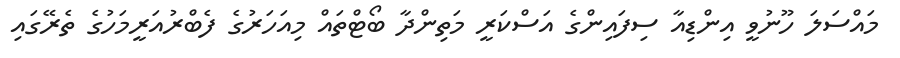
މައްސަލަ ހޫނުވީ އިންޑިއާ ސިފައިންގެ އަސްކަރީ މަތިންދާ ބޯޓްތައް މިއަހަރުގެ ފެބްރުއަރީމަހުގެ ތެރޭގައި